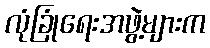
လုံခြုံရေးအဖွဲ့များက